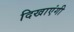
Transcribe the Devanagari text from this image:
दिखाएंगी